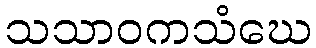
သသာဝကသံဃေ